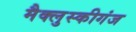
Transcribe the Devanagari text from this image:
मैक्लुस्कीगंज